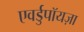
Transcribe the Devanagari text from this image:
एवर्डुपॉयज़ा